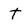
Character: t